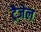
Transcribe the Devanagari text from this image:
ट्रैजेल